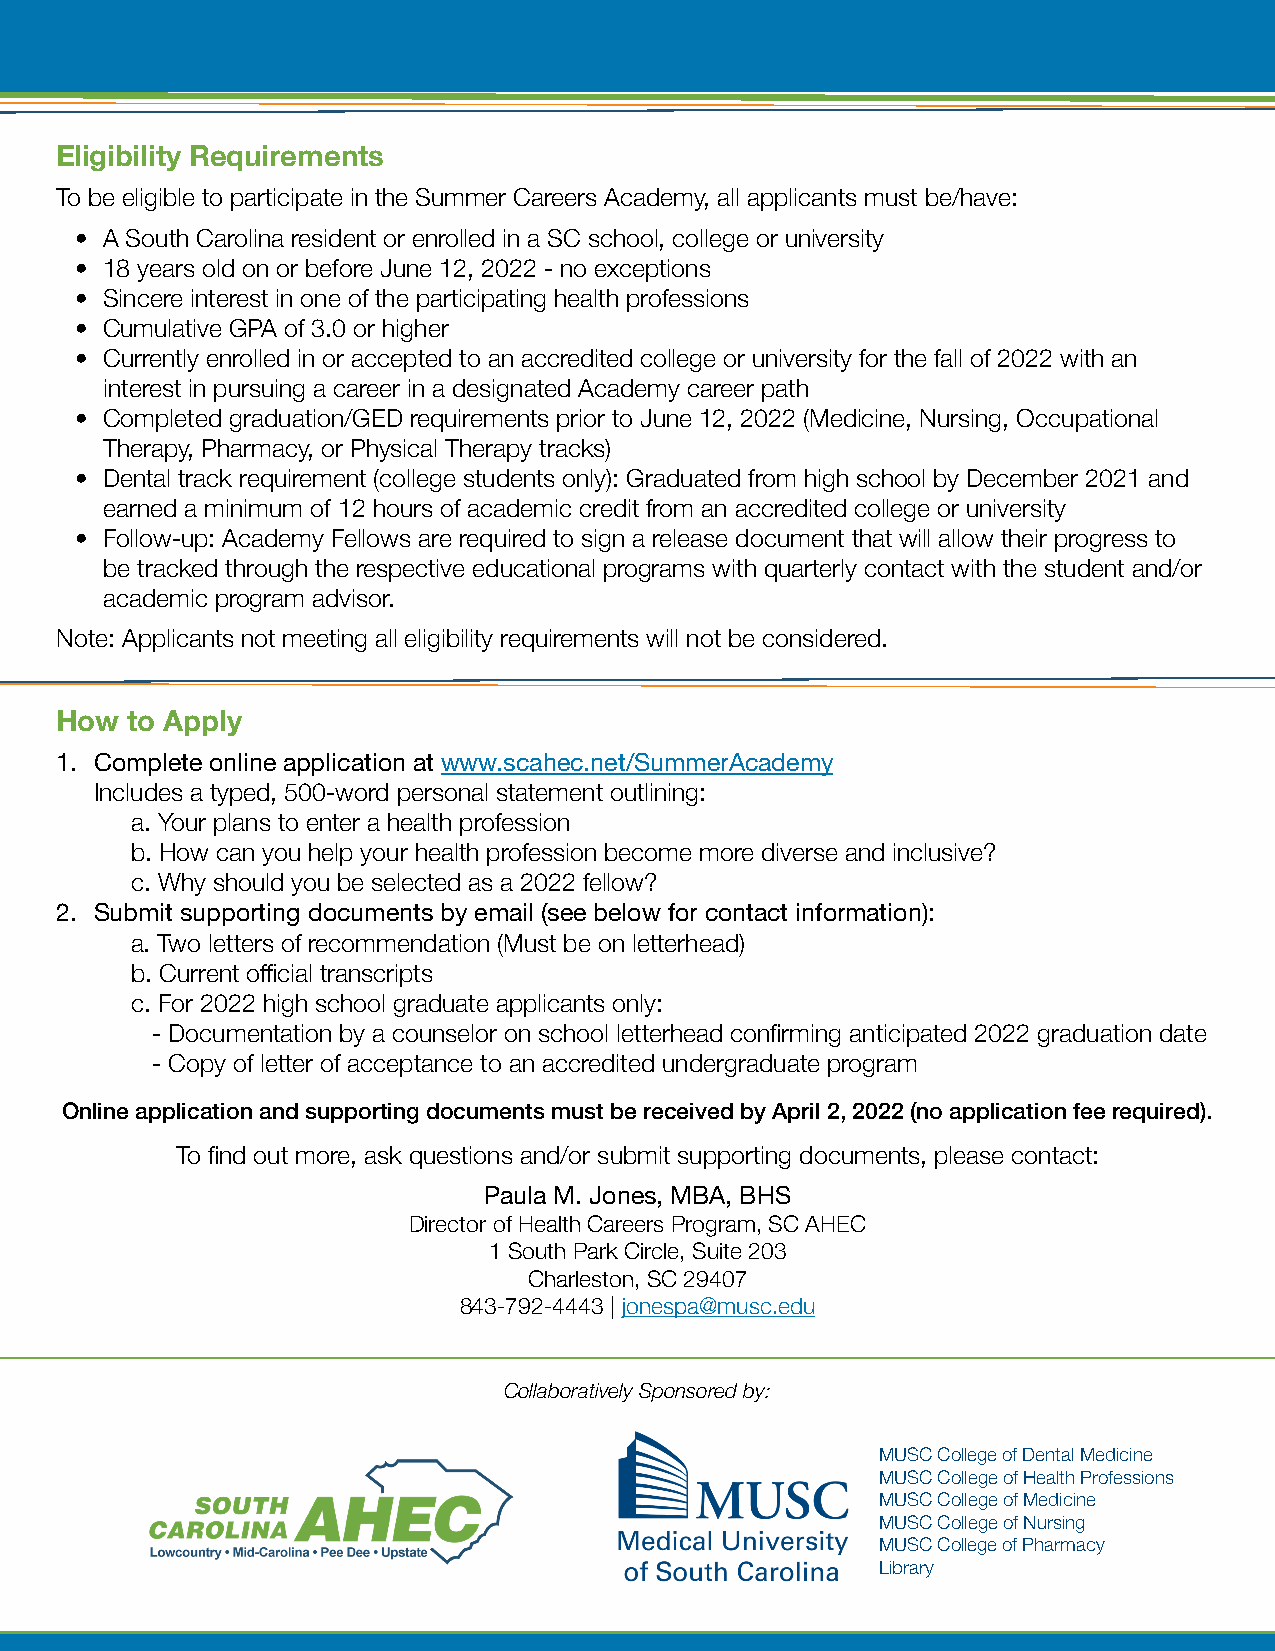
Eligibility Requirements
 To be eligible to participate in the Summer Careers Academy, all applicants must be/have:
 • A South Carolina resident or enrolled in a SC school, college or university
 • 18 years old on or before June 12, 2022 - no exceptions
 • Sincere interest in one of the participating health professions
 • Cumulative GPA of 3.0 or higher
 • Currently enrolled in or accepted to an accredited college or university for the fall of 2022 with an
 interest in pursuing a career in a designated Academy career path
 • Completed graduation/GED requirements prior to June 12, 2022 (Medicine, Nursing, Occupational
 Therapy, Pharmacy, or Physical Therapy tracks)
 • Dental track requirement (college students only): Graduated from high school by December 2021 and
 earned a minimum of 12 hours of academic credit from an accredited college or university
 • Follow-up: Academy Fellows are required to sign a release document that will allow their progress to
 be tracked through the respective educational programs with quarterly contact with the student and/or
 academic program advisor.
 Note: Applicants not meeting all eligibility requirements will not be considered.
 How to Apply
 1. Complete online application at www.scahec.net/SummerAcademy
 Includes a typed, 500-word personal statement outlining:
 a. Your plans to enter a health profession
 b. How can you help your health profession become more diverse and inclusive?
 c. Why should you be selected as a 2022 fellow?
 2. Submit supporting documents by email (see below for contact information):
 a. Two letters of recommendation (Must be on letterhead)
 b. Current official transcripts
 c. For 2022 high school graduate applicants only:
 - Documentation by a counselor on school letterhead confirming anticipated 2022 graduation date
 - Copy of letter of acceptance to an accredited undergraduate program
 Online application and supporting documents must be received by April 2, 2022 (no application fee required).
 To find out more, ask questions and/or submit supporting documents, please contact:
 Paula M. Jones, MBA, BHS
 Director of Health Careers Program, SC AHEC
 1 South Park Circle, Suite 203
 Charleston, SC 29407
 843-792-4443 | jonespa@musc.edu
 Collaboratively Sponsored by:
 MUSC College of Dental Medicine
 MUSC College of Health Professions
 MUSC College of Medicine
 MUSC College of Nursing
 MUSC College of Pharmacy
 Library